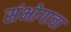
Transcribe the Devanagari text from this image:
संभोगाचा